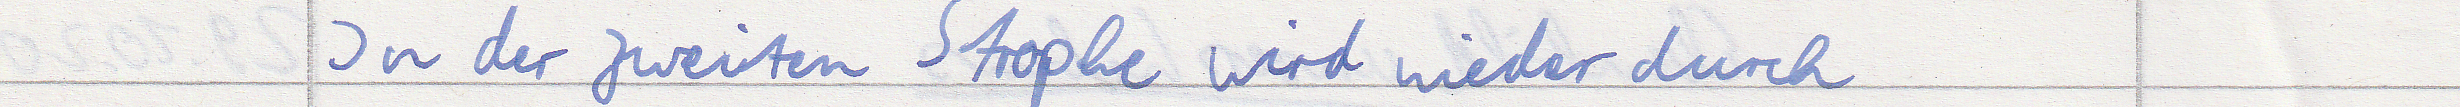
In der zweiten Strophe wird wieder durch